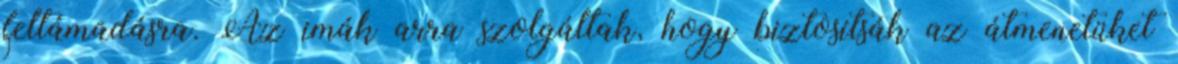
feltámadásra. Az imák arra szolgáltak, hogy biztosítsák az átmenetüket